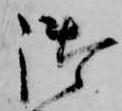
御